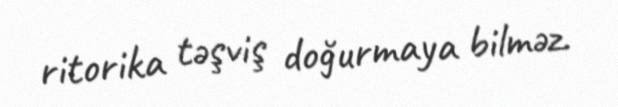
ritorika təşviş doğurmaya bilməz.